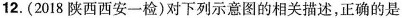
12. (2018 陕西西安一检)对下列示意图的相关描述，正确的是